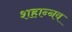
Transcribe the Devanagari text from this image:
शहान्‍नव